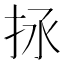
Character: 𢫒